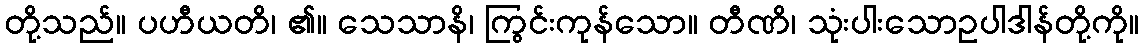
တို့သည်။ ပဟီယတိ၊ ၏။ သေသာနိ၊ ကြွင်းကုန်သော။ တီဏိ၊ သုံးပါးသောဥပါဒါန်တို့ကို။